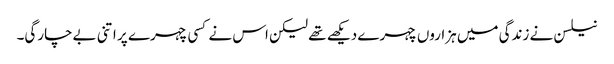
نیلسن نے زندگی میں ہزاروں چہرے دیکھے تھے لیکن اس نے کسی چہرے پر اتنی بےچارگی۔